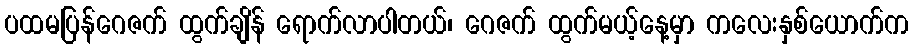
ပထမပြန်ဂေဇက် ထွက်ချိန် ရောက်လာပါတယ်၊ ဂေဇက် ထွက်မယ့်နေ့မှာ ကလေးနှစ်ယောက်က